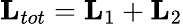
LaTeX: {\mathbf L}_{tot}={\mathbf L}_{1}+{\mathbf L}_{2}